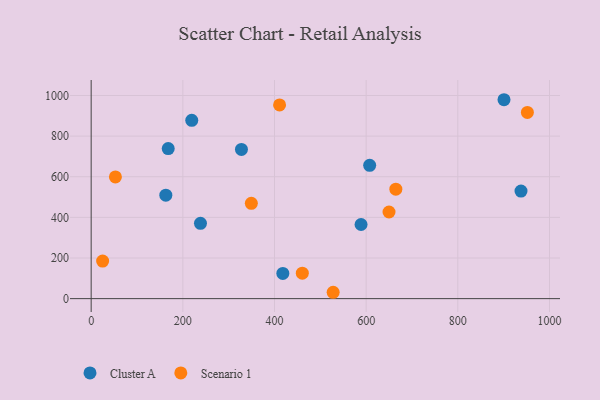
{"axis": {"x": "Engine Size", "y": "Yield"}, "legend": ["Cluster A", "Scenario 1"], "data": [{"x": "607.7", "y": 656.0, "type": "Cluster A"}, {"x": "588.9", "y": 365.0, "type": "Cluster A"}, {"x": "238.5", "y": 370.9, "type": "Cluster A"}, {"x": "900.8", "y": 979.0, "type": "Cluster A"}, {"x": "418.2", "y": 124.1, "type": "Cluster A"}, {"x": "219.5", "y": 877.6, "type": "Cluster A"}, {"x": "937.9", "y": 529.2, "type": "Cluster A"}, {"x": "162.9", "y": 509.3, "type": "Cluster A"}, {"x": "327.9", "y": 734.6, "type": "Cluster A"}, {"x": "168.1", "y": 738.6, "type": "Cluster A"}, {"x": "460.7", "y": 125.1, "type": "Scenario 1"}, {"x": "411.1", "y": 953.3, "type": "Scenario 1"}, {"x": "649.9", "y": 426.5, "type": "Scenario 1"}, {"x": "664.8", "y": 538.7, "type": "Scenario 1"}, {"x": "528.0", "y": 31.3, "type": "Scenario 1"}, {"x": "349.5", "y": 469.3, "type": "Scenario 1"}, {"x": "951.8", "y": 916.5, "type": "Scenario 1"}, {"x": "25.0", "y": 185.0, "type": "Scenario 1"}, {"x": "52.9", "y": 598.9, "type": "Scenario 1"}]}